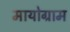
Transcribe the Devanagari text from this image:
मायोग्राम